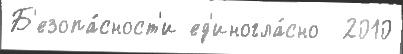
Б'езопа́сност'и ед'иногла́сно  2010